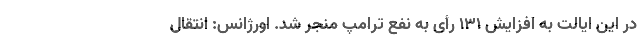
در این ایالت به افزایش ۱۳۱ رأی به نفع ترامپ منجر شد. اورژانس: انتقال